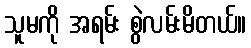
သူမကို အရမ်း စွဲလမ်းမိတယ်။